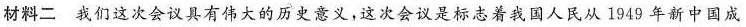
材料二我们这次会议具有伟大的历史意义，这次会议是标志着我国人民从1949年新中国成